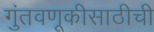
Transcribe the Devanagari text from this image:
गुंतवणूकीसाठीची